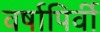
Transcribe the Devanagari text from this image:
वर्षापिर्वी